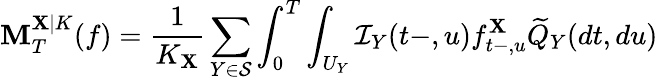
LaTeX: \mathbf{M}_{T}^{\mathbf{X}|K}(f)=\frac{{1}}{{K_{\mathbf{X}}}}\sum_{Y\in\mathcal{{S}}}\int_{0}^{T}\int_{U_{Y}}\mathcal{{I}}_{Y}(t-,u)f_{t-,u}^{\mathbf{X}}\widetilde{{Q}}_{Y}(dt,du)